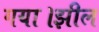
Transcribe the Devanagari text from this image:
गया।झील